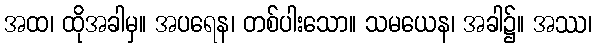
အထ၊ ထိုအခါမှ။ အပရေန၊ တစ်ပါးသော။ သမယေန၊ အခါ၌။ အဿ၊